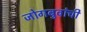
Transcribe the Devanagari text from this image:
जोगबुवांची